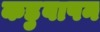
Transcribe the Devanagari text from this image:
कड़ुवापन